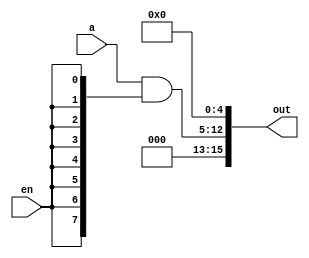
module shift5_8bit(
	input [7:0] a,
	input en,
	output [15:0] out
);

assign out[15:13] = 3'b0;
assign out[12:5] = a&{8{en}};
assign out[4:0] = 5'b0;

endmodule